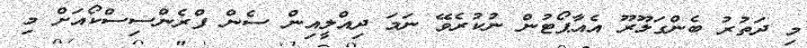
މި ދަތުރު ބެންގަލޫރޫ އެއާޕޯޓުން ނުކުރެވޭ ނަމަ ދިއްލީއިން ސެން ފްރެންސިސްކޯއަށް މި